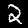
Digit: 2